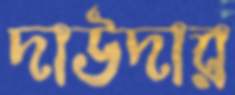
দাউদার